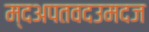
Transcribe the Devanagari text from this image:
म्दअपतवदउमदज